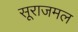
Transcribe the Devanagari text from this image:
सूराजमल